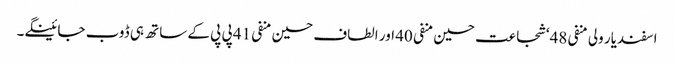
اسفندیار ولی منفی 48‘ شجاعت حسین منفی 40 اور الطاف حسین منفی 41 پی پی کے ساتھ ہی ڈوب جائینگے۔